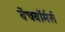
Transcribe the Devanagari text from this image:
बेंचवॉर्मर्स